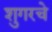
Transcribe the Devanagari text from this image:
शुगरचे